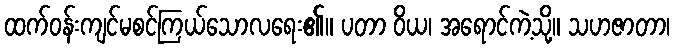
ထက်ဝန်းကျင်မစင်ကြယ်သောလရေး၏။ ပတာ ဝိယ၊ အရောင်ကဲ့သို့။ သဟဇာတာ၊